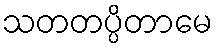
သတတပ္ပိတာမေ